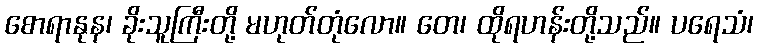
စောရာနုန၊ ခိုးသူကြီးတို့ မဟုတ်တုံလော။ တေ၊ ထိုရဟန်းတို့သည်။ ပရေသံ၊